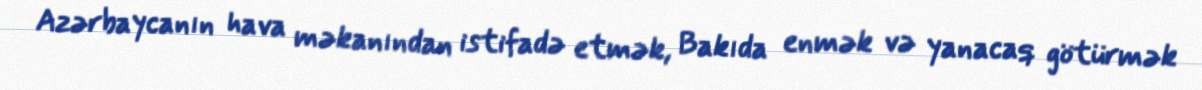
Azərbaycanın hava məkanından istifadə etmək, Bakıda enmək və yanacaq götürmək